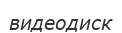
видеодиск